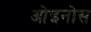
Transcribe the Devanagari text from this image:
ओइनोस